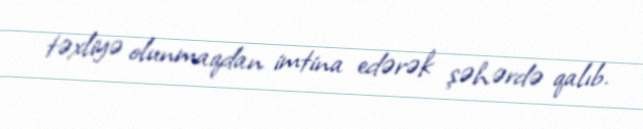
təxliyə olunmaqdan imtina edərək şəhərdə qalıb.